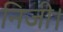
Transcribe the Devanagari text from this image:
निजी।